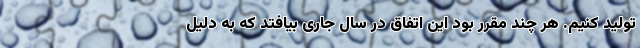
تولید کنیم. هر چند مقرر بود این اتفاق در سال جاری بیافتد که به دلیل